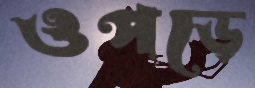
ওপড়ে